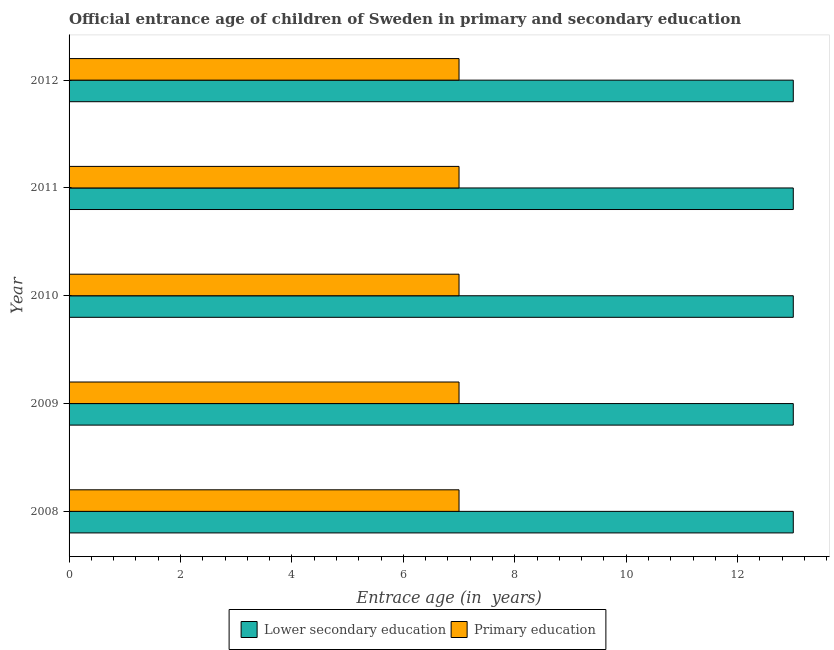
| Year | Lower secondary education | Primary education |
 | --- | --- | --- |
 | 2008 | 13 | 7 |
 | 2009 | 13 | 7 |
 | 2010 | 13 | 7 |
 | 2011 | 13 | 7 |
 | 2012 | 13 | 7 |